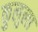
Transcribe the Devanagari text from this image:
कुलुला